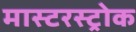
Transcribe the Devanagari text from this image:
मास्टरस्ट्रोक